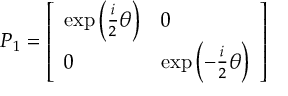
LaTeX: P _ { 1 } = { \left[ \begin{array} { l l } { \exp \left( { \frac { i } { 2 } } \theta \right) } & { 0 } \\ { 0 } & { \exp \left( - { \frac { i } { 2 } } \theta \right) } \end{array} \right] }